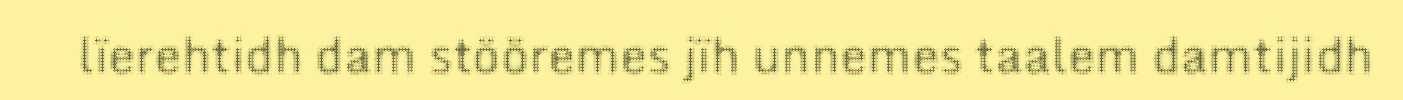
lïerehtidh dam stööremes jïh unnemes taalem damtijidh